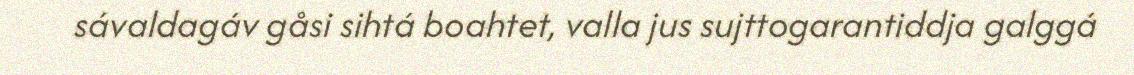
sávaldagáv gåsi sihtá boahtet, valla jus sujttogarantiddja galggá